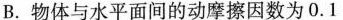
B.物体与水平面间的动摩擦因数为0.1